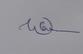
Signature authenticity: genuine